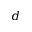
d